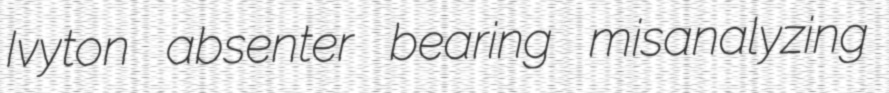
Ivyton absenter bearing misanalyzing